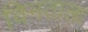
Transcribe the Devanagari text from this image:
विनताला